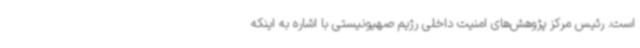
است. رئیس مرکز پژوهش‌های امنیت داخلی رژیم صهیونیستی با اشاره به اینکه